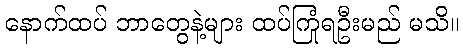
နောက်ထပ် ဘာတွေနဲ့များ ထပ်ကြုံရဦးမည် မသိ။